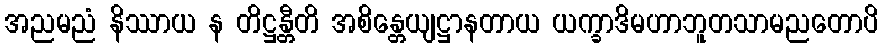
အညမညံ နိဿာယ န တိဋ္ဌန္တီတိ အစိန္တေယျဋ္ဌာနတာယ ယက္ခာဒိမဟာဘူတသာမညတောပိ